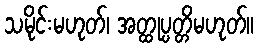
သမိုင်းမဟုတ်၊ အတ္ထုပ္ပတ္တိမဟုတ်။